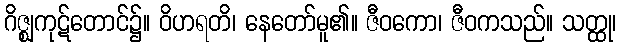
ဂိဇ္ဈကုဋ်တောင်၌။ ဝိဟရတိ၊ နေတော်မူ၏။ ဇီဝကော၊ ဇီဝကသည်။ သတ္ထု၊